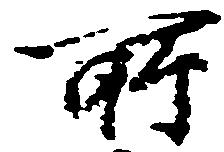
所